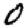
Digit: 0